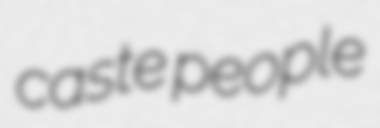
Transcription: caste people